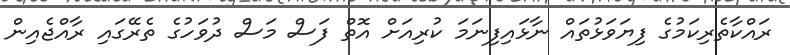
ރައްކާތެރިކަމުގެ ފިޔަވަޅުތައް ނާޅައިފިނަމަ ކުރިއަށް އޮތް ފަސް މަސް ދުވަހުގެ ތެރޭގައި ރާއްޖެއިން